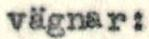
vägnar: